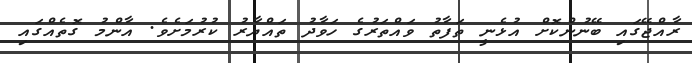
ރާއްޖޭގައި ބޭނުންކޮށް އުޅެނީ ތަފާތު ވައްތަރުގެ ހަވާދު ތައްޔާރު ކުރުމަށެވެ. އާންމު ގޮތެއްގައި